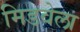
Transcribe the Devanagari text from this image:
मिडवेला